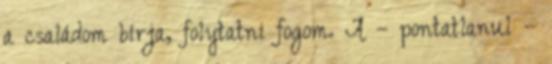
a családom bírja, folytatni fogom. A – pontatlanul –